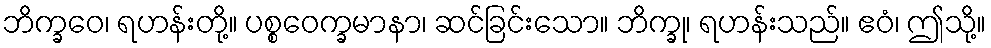
ဘိက္ခဝေ၊ ရဟန်းတို့။ ပစ္စဝေက္ခမာနာ၊ ဆင်ခြင်းသော။ ဘိက္ခု၊ ရဟန်းသည်။ ဧဝံ၊ ဤသို့။